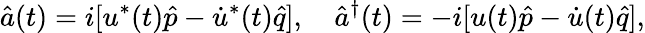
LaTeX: \hat{a}(t)=i[u^{*}(t)\hat{p}-\dot{u}^{*}(t)\hat{q}],\quad\hat{a}^{\dagger}(t)=-i[u(t)\hat{p}-\dot{u}(t)\hat{q}],